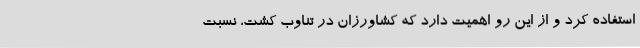
استفاده کرد و از این رو اهمیت دارد که کشاورزان در تناوب کشت، نسبت